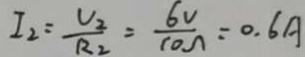
I _ { 2 } = \frac { U _ { 2 } } { R _ { 2 } } = \frac { 6 v } { 1 0 \Lambda } = 0 . 6 A